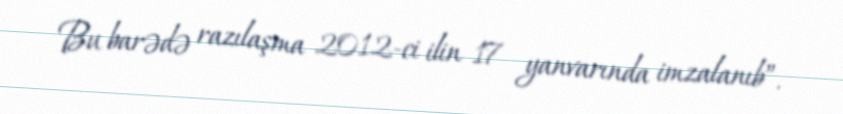
Bu barədə razılaşma 2012-ci ilin 17 yanvarında imzalanıb”.